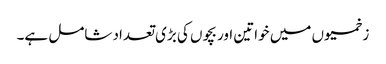
زخمیوں میں خواتین اور بچوں کی بڑی تعداد شامل ہے۔